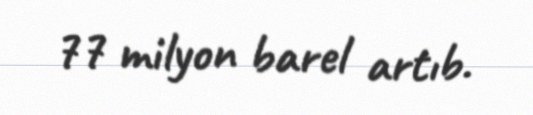
77 milyon barel artıb.